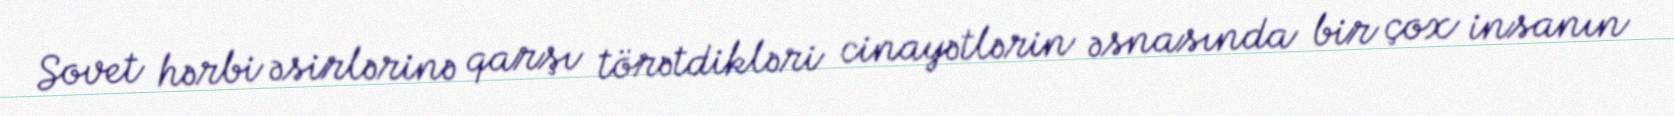
Sovet hərbi əsirlərinə qarşı törətdikləri cinayətlərin əsnasında bir çox insanın